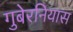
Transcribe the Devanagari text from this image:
गुबेरनियास